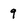
Character: 9